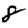
Digit: 8